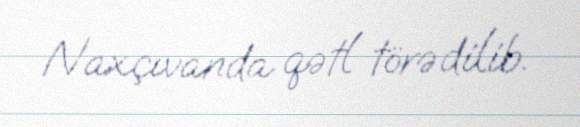
Naxçıvanda qətl törədilib.